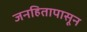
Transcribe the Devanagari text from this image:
जनहितापासून